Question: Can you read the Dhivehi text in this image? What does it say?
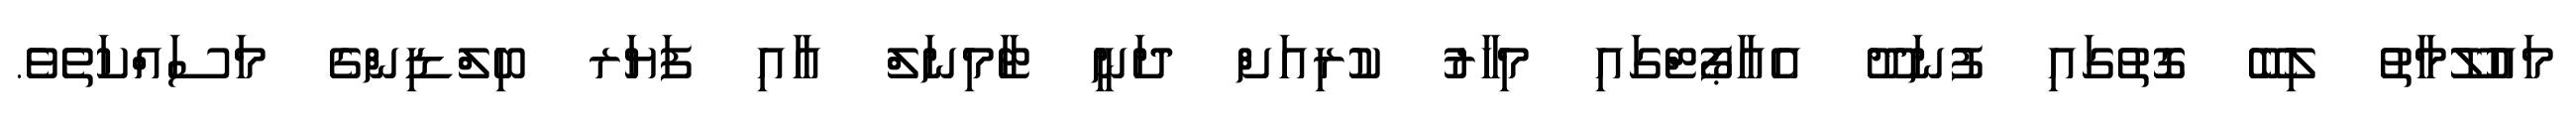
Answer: މައުލޫމާތު ލިބޭ ގޮތުގައި ފުނަދޫ އެއާޕޯޓްގައި މިހާރު ކުރިއަށް ދަނީ ޓާމިނަލް އާއި ފަޔަރ ބިލްޑިންގެ މަސައްކަތެވެ.